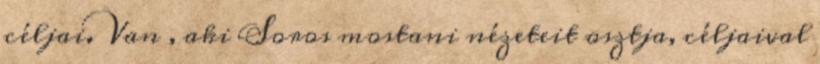
céljai. Van , aki Soros mostani nézeteit osztja, céljaival